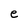
Character: e